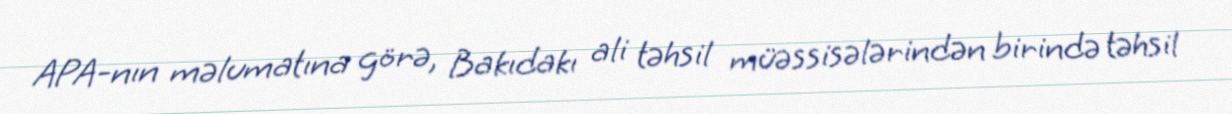
APA-nın məlumatına görə, Bakıdakı ali təhsil müəssisələrindən birində təhsil